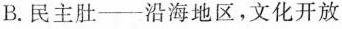
B.民主肚——沿海地区，文化开放